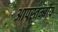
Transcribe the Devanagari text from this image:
आपस्तम्बीय